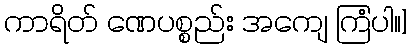
ကာရိတ် ဏေပစ္စည်း အကျေ ကြံပါ။]